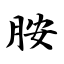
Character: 胺